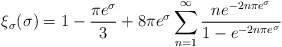
\begin{align*}\xi_{\sigma}(\sigma) = 1 - \frac{\pi e^{\sigma}}{3} + 8\pi e^{\sigma} \sum_{n=1}^{\infty} \frac{n e^{-2n\pi e^{\sigma}}}{1 - e^{-2n\pi e^{\sigma}}} \end{align*}